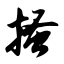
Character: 搔